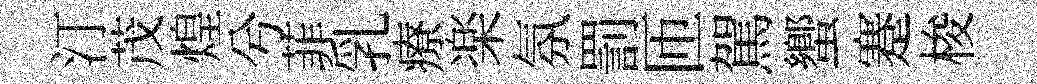
汀茂煌兮菲乳療楽氛罰匝駕蠁蹇梭